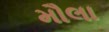
મૌલા